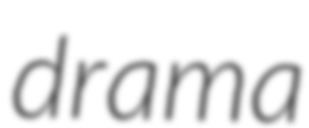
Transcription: drama